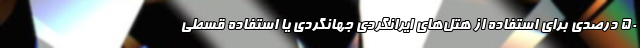
۵۰ درصدی برای استفاده از هتل‌های ایرانگردی جهانگردی یا استفاده قسطی